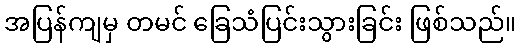
အပြန်ကျမှ တမင် ခြေသံပြင်းသွားခြင်း ဖြစ်သည်။